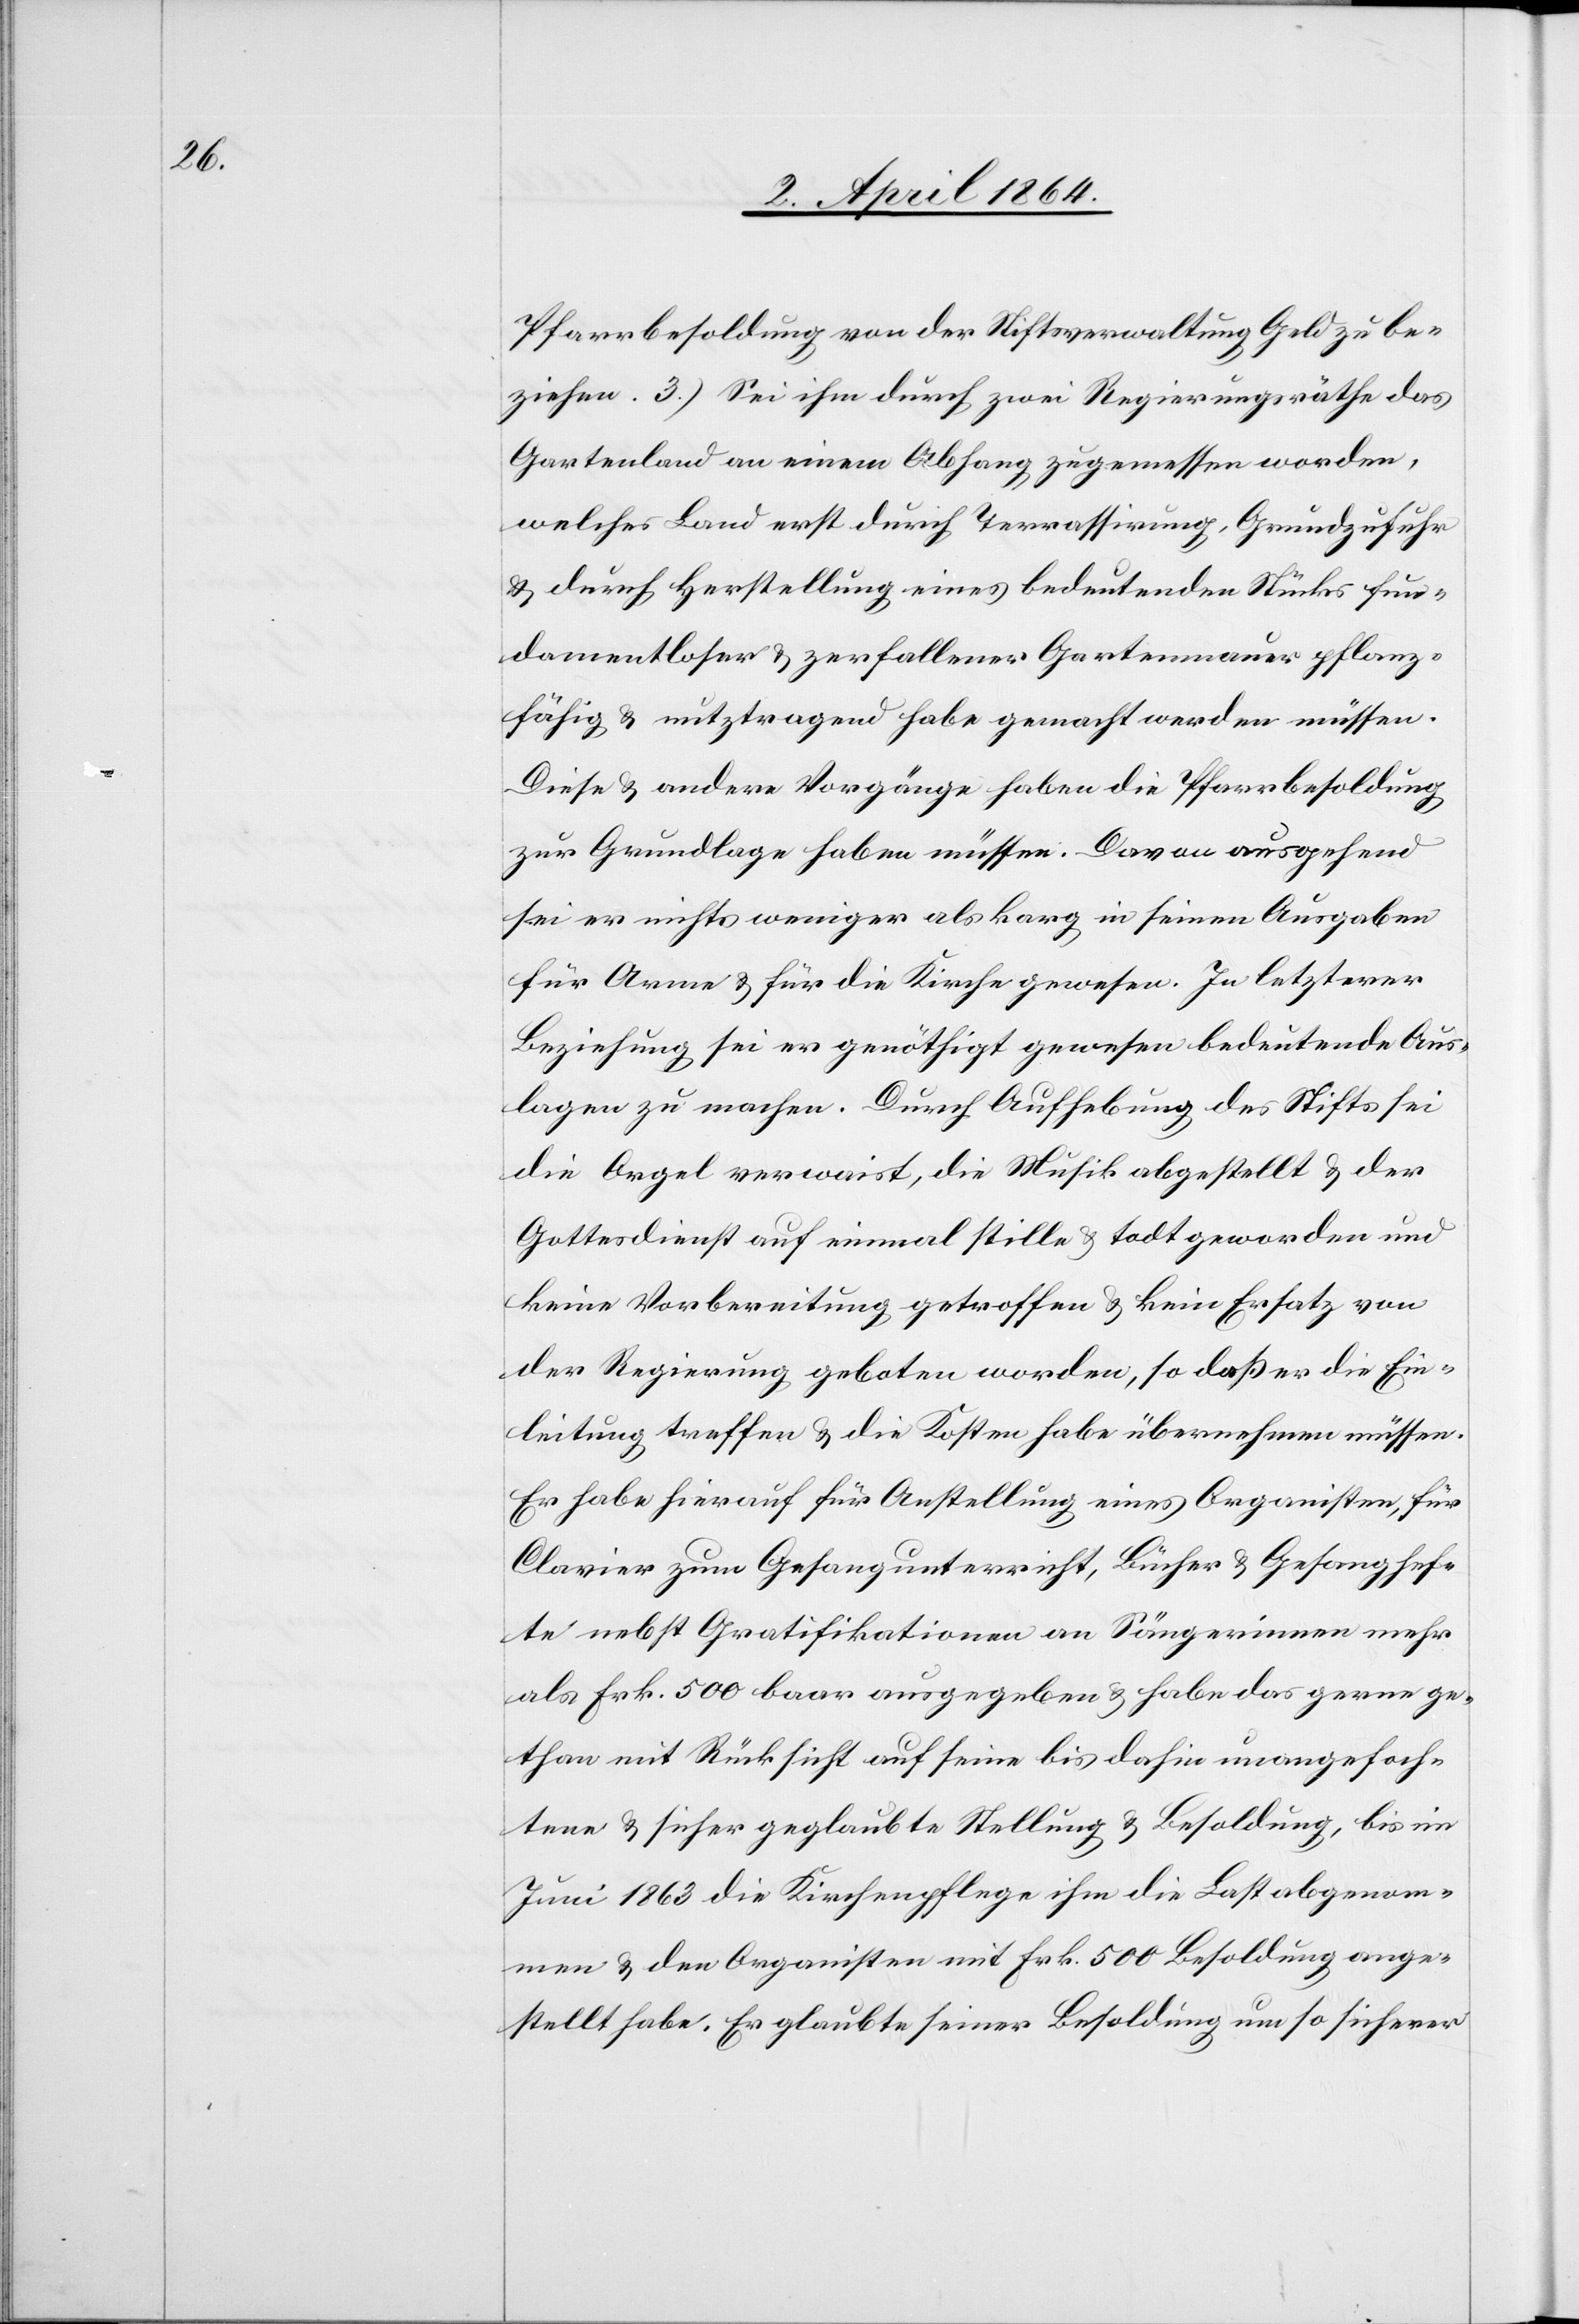
Pfarrbesoldung von der Stiftsverwaltung Geld zu be¬
ziehen. 3.) Sei ihm durch zwei Regierungsräthe das
Gartenland an einem Abhang zugemessen worden,
welches Land erst durch Terrassierung, Grundzufuhr
u. durch Herstellung eines bedeutenden Stücks fun¬
damentloser u. zerfallener Gartenmauer pflanz¬
fähig u. nutztragend habe gemacht werden müssen.
sei er nichts weniger als karg in seinen Ausgaben
für Arme u. für die Kirche gewesen. In letzterer
Beziehung sei er genöthigt gewesen bedeutende Aus¬
lagen zu machen. Durch Aufhebung des Stifts sei
die Orgel verwaist, die Musik abgestellt u. der
Gottesdienst auf einmal stille u. todt geworden und
keine Vorbereitung getroffen u. kein Ersatz von
der Regierung geboten worden, so daß er die Ein¬
leitung treffen u. die Kosten habe übernehmen müssen.
Er habe hierauf für Anstellung eines Organisten, für
Clavier zum Gesangunterricht, Bücher u. Gesanghef¬
te nebst Gratifikationen an Sängerinnen mehr
als Frk. 500 baar ausgegeben u. habe das gerne ge¬
than mit Rücksicht auf seine bis dahin unangefoch¬
tene u. sicher geglaubte Stellung u. Besoldung, bis im
Juni 1863 die Kirchenpflege ihm die Last abgenom¬
men u. den Organisten mit Frk. 500 Besoldung ange¬
stellt habe. Er glaubte seiner Besoldung um so sicherer